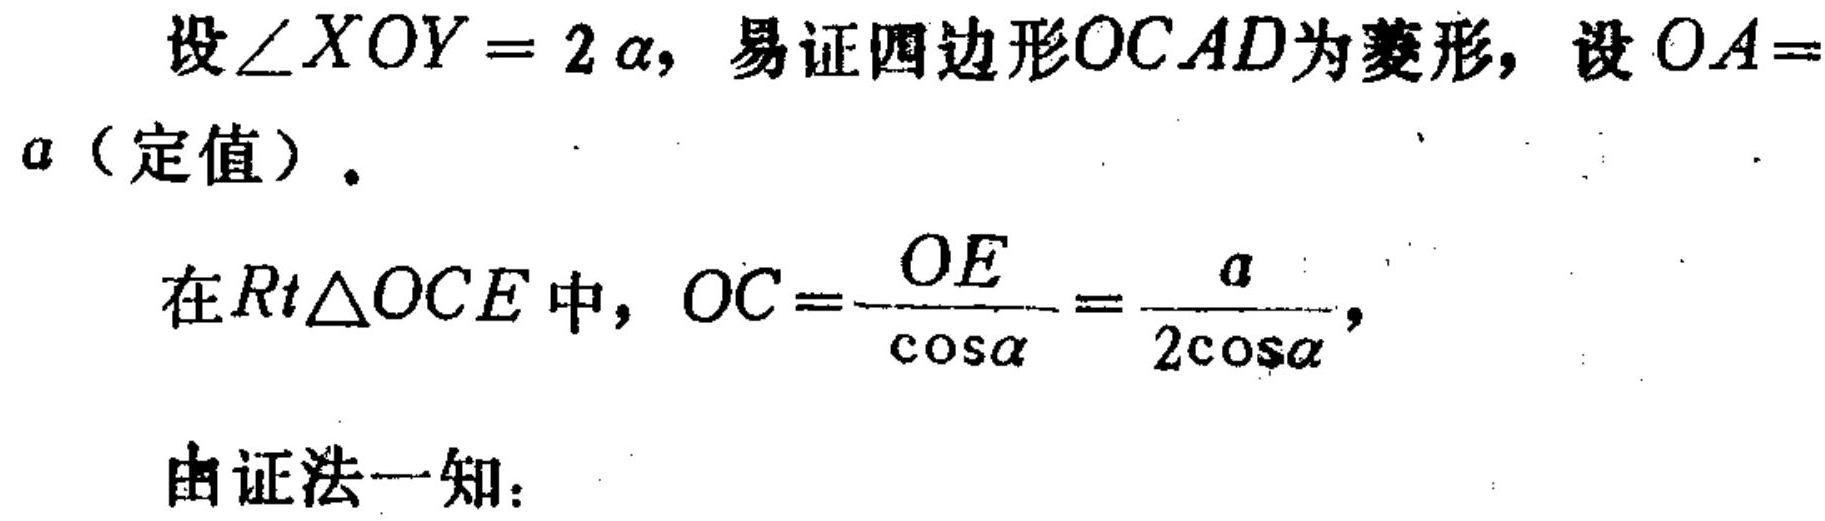
设$\angle XOY = 2\alpha$，易证四边形$OCAD$为菱形，设$OA =
a$（定值）。

在$Rt\triangle OCE$中，$OC=\frac{OE}{\cos\alpha}=\frac{a}{2\cos\alpha}$，

由证法一知：